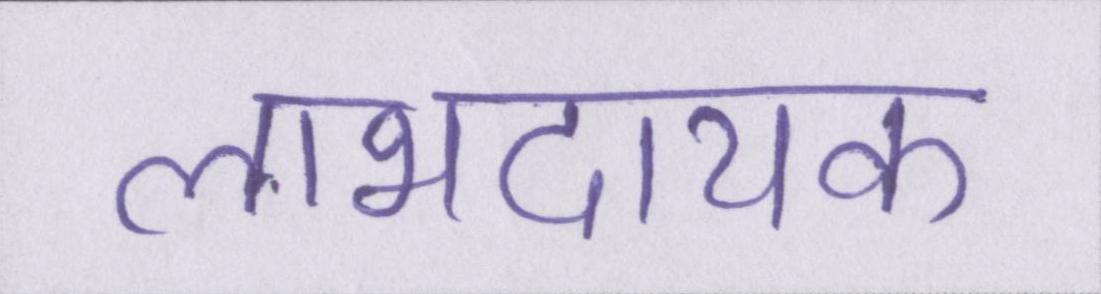
लाभदायक